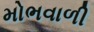
મોભવાળી